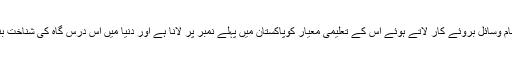
ہم نے تمام وسائل بروئے کار لاتے ہوئے اس کے تعلیمی معیار کوپاکستان میں پہلے نمبر پر لانا ہے اور دنیا میں اس درس گاہ کی شناخت بنانی ہے۔